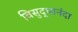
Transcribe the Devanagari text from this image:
विसुद्धानंदा